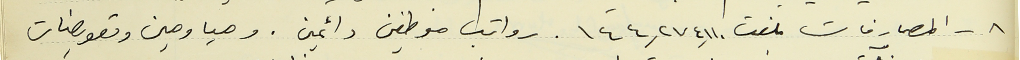
٨ - المصارفات بلغت ١٤٤,٢٧٤,١١٠ رواتب موظفين دائمين . ومياومين وتعويضات